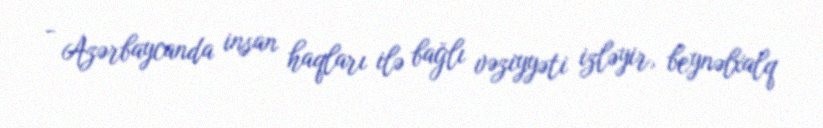
- Azərbaycanda insan haqları ilə bağlı vəziyyəti izləyir, beynəlxalq